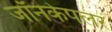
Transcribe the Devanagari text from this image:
जॉनकेपलर